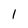
Character: 1